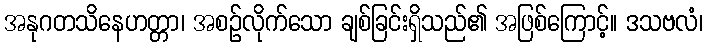
အနုဂတသိနေဟတ္တာ၊ အစဉ်လိုက်သော ချစ်ခြင်းရှိသည်၏ အဖြစ်ကြောင့်။ ဒသဗလံ၊